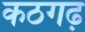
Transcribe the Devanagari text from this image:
कठगढ़